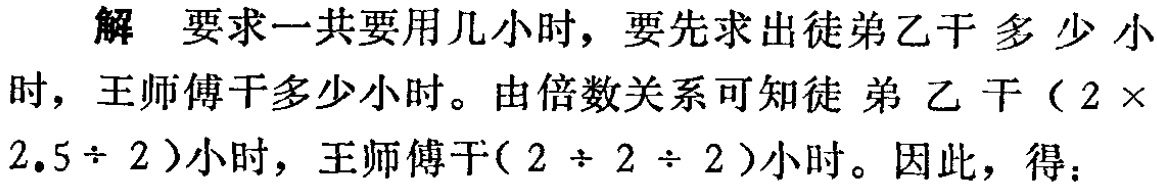
解 要求一共要用几小时，要先求出徒弟乙干多少小时，王师傅干多少小时。由倍数关系可知徒弟乙干\((2\times2.5\div 2)\)小时，王师傅干\((2\div 2\div 2)\)小时。因此，得：